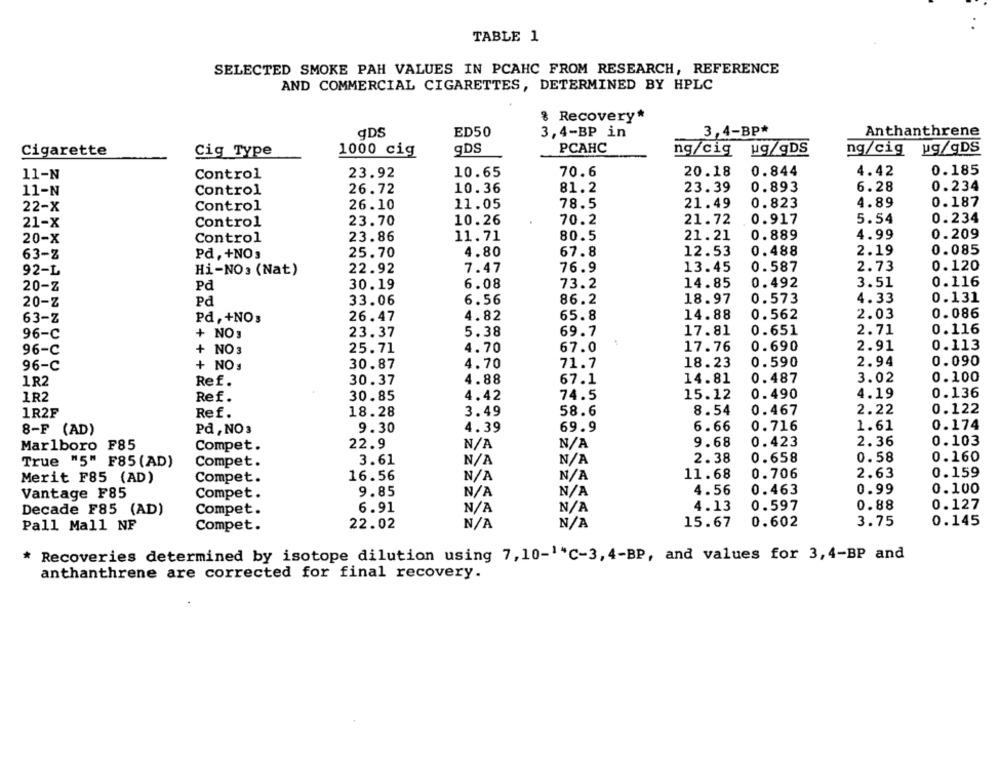
TABLE 1
SELECTED SMOKE PAH VALUES IN PCAHC FROM RESEARCH, REFERENCE
AND COMMERCIAL CIGARETTES, DETERMINED BY HPLC
8 Recovery*
qDS
ED50
3,4-BP in
3,4-BP*
Anthanthrene
Cigarette
Cig Type
1000 cig
gDS
PCAHC
ng/cig ug/gDS
ng/cig ug/gDS
Control
23.92
10.65
70.6
20.18
0.844
4.42
0.185
11-N
Control
26.72
10.36
81.2
23.39
0.893
6.28
0.234
11-N
Control
26.10
11.05
78.5
21.49
0.823
4.89
0.187
22-X
10.26
70.2
21.72
0.917
5.54
0.234
21-X
Control
23.70
23.86
80.5
21.21
0.889
4.99
0.209
20-X
Control
11.71
12.53
0.488
2.19
0.085
63-Z
Pd, +NO3
25.70
4.80
67.8
2.73
0.120
92-L
Hi-NO: (Nat)
22.92
7.47
76.9
13.45
0.587
20-Z
Pd
30.19
6.08
73.2
14.85
0.492
3.51
0.116
20-Z
Pd
33.06
6.56
86.2
18.97
0.573
4.33
0.131
63-Z
Pd , +NO3
26.47
4.82
65.8
14.88
0.562
2.03
0.086
96-C
+ NO 3
23.37
5.38
69.7
17.81
0.651
2.71
0.116
96-C
+ NO 3
25.71
4.70
67.0
17.76
0.690
2.91
0.113
96-C
+ NO s
30.87
4.70
71.7
18.23
0.590
2.94
0.090
4.88
67.1
14.81
0.487
3.02
0.100
1R2
Ref.
30.37
4.42
74.5
15.12
0.490
4.19
0.136
1R2
Ref.
30.85
18.28
3.49
58.6
8.54
0.467
2.22
0.122
1R2F
Ref.
6.66
0.716
1.61
0.174
8-F (AD)
Pd , NO3
9.30
4.39
69.9
9.68
2.36
0.103
Marlboro F85
Compet.
22.9
0.423
0.58
True "5" F85 (AD)
Compet.
3.61
2. 38
0.658
0.160
0.159
Merit F85 (AD)
Compet.
16.56
11.68
0.706
2.63
Vantage F85
Compet.
9.85
4.56
0.463
0.99
0.100
Compet.
6.91
4.13
0.597
0.88
0.127
Decade F85 (AD)
Compet.
22.02
15.67
0.602
3.75
0.145
Pall Mall NF
Recoveries determined by isotope dilution using 7, 10-1"C-3, 4-BP, and values for 3,4-BP and
anthanthrene are corrected for final recovery.